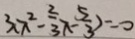
3 ( x ^ { 2 } - \frac { 2 } { 3 } x - \frac { 5 } { 3 } ) = 0